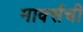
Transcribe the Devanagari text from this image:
मार्क्सची